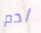
ادم